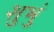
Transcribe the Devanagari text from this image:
शुभुं